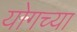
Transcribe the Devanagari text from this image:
योगच्या